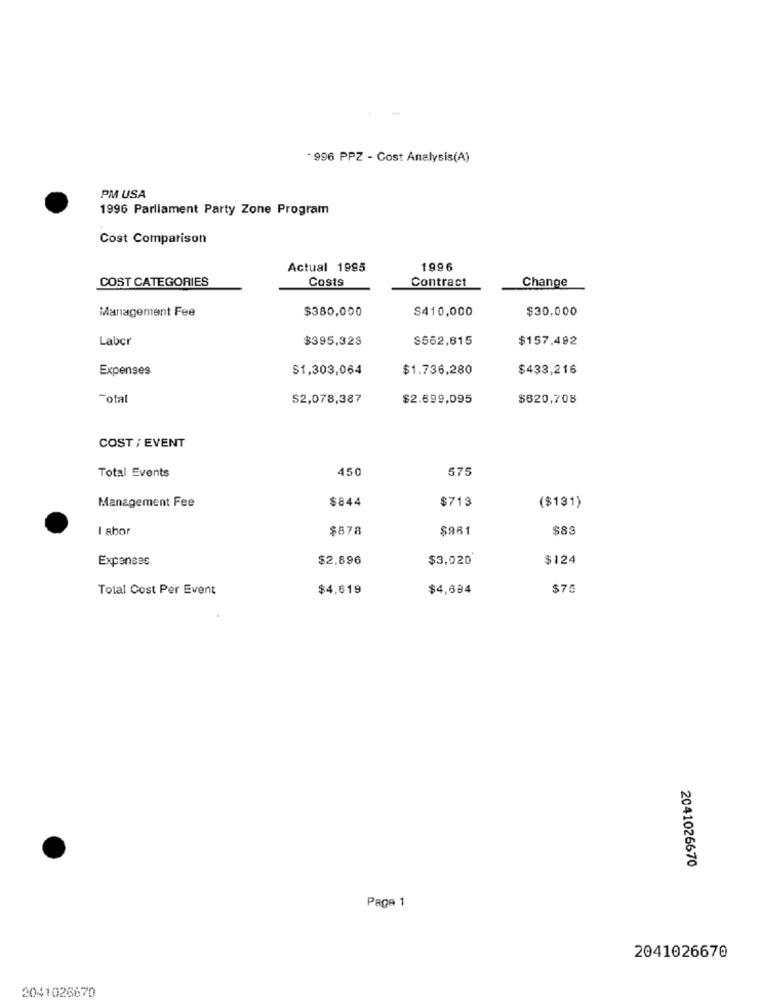
-996 PPZ - Cost Analysis(A)
PM USA
1996 Parliament Party Zone Program
Cost Comparison
Actual 1995
1996
COST CATEGORIES
Costs
Contract
Change
Management Fee
$380,000
S410,000
$30,000
Laber
$395,328
$562,815
$157.492
Expenses
$1,303,064
$1.736,280
$433,216
-otal
S2,078,387
$2.699,095
$620,708
COST / EVENT
Total Events
450
575
Management Fee
$844
$713
($131)
I abor
$878
$961
$83
Expenses
$2.896
$3,020
$124
Total Cost Per Event
$4,619
$4,694
$75
2041026670
Page 1
2041026670
2041026670